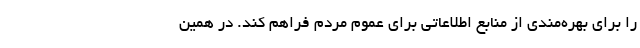
را برای بهره‌مندی از منابع اطلاعاتی برای عموم مردم فراهم کند. در همین